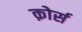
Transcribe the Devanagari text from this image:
क़ोर्स